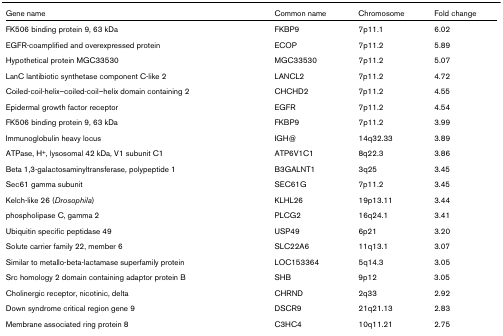
<table><thead><tr><td><b>Gene name</b></td><td><b>Common name</b></td><td><b>Chromosome</b></td><td><b>Fold change</b></td></tr></thead><tbody><tr><td>FK506 binding protein 9, 63 kDa</td><td>FKBP9</td><td>7p11.1</td><td>6.02</td></tr><tr><td>EGFR-coamplified and overexpressed protein</td><td>ECOP</td><td>7p11.2</td><td>5.89</td></tr><tr><td>Hypothetical protein MGC33530</td><td>MGC33530</td><td>7p11.2</td><td>5.07</td></tr><tr><td>LanC lantibiotic synthetase component C-like 2</td><td>LANCL2</td><td>7p11.2</td><td>4.72</td></tr><tr><td>Coiled-coil-helix–coiled-coil–helix domain containing 2</td><td>CHCHD2</td><td>7p11.2</td><td>4.55</td></tr><tr><td>Epidermal growth factor receptor</td><td>EGFR</td><td>7p11.2</td><td>4.54</td></tr><tr><td>FK506 binding protein 9, 63 kDa</td><td>FKBP9</td><td>7p11.2</td><td>3.99</td></tr><tr><td>Immunoglobulin heavy locus</td><td>IGH@</td><td>14q32.33</td><td>3.89</td></tr><tr><td>ATPase, H<sup>+</sup>, lysosomal 42 kDa, V1 subunit C1</td><td>ATP6V1C1</td><td>8q22.3</td><td>3.86</td></tr><tr><td>Beta 1,3-galactosaminyltransferase, polypeptide 1</td><td>B3GALNT1</td><td>3q25</td><td>3.45</td></tr><tr><td>Sec61 gamma subunit</td><td>SEC61G</td><td>7p11.2</td><td>3.45</td></tr><tr><td>Kelch-like 26 (<i>Drosophila</i>)</td><td>KLHL26</td><td>19p13.11</td><td>3.44</td></tr><tr><td>phospholipase C, gamma 2</td><td>PLCG2</td><td>16q24.1</td><td>3.41</td></tr><tr><td>Ubiquitin specific peptidase 49</td><td>USP49</td><td>6p21</td><td>3.20</td></tr><tr><td>Solute carrier family 22, member 6</td><td>SLC22A6</td><td>11q13.1</td><td>3.07</td></tr><tr><td>Similar to metallo-beta-lactamase superfamily protein</td><td>LOC153364</td><td>5q14.3</td><td>3.05</td></tr><tr><td>Src homology 2 domain containing adaptor protein B</td><td>SHB</td><td>9p12</td><td>3.05</td></tr><tr><td>Cholinergic receptor, nicotinic, delta</td><td>CHRND</td><td>2q33</td><td>2.92</td></tr><tr><td>Down syndrome critical region gene 9</td><td>DSCR9</td><td>21q21.13</td><td>2.83</td></tr><tr><td>Membrane associated ring protein 8</td><td>C3HC4</td><td>10q11.21</td><td>2.75</td></tr></tbody></table>